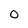
Character: O